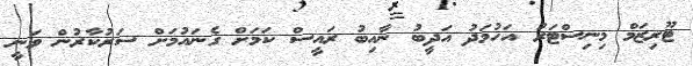
ޓޫރިޒަމް މިނިސްޓަރު އަހުމަދު އަދީބު ނާއިބު ރައީސް ކަމަށް ގެނައުމަށް ސަރުކާރުން ވަނީ